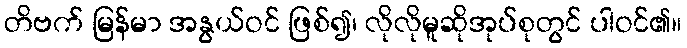
တိဗက် မြန်မာ အနွယ်ဝင် ဖြစ်၍၊ လိုလိုမူဆိုအုပ်စုတွင် ပါဝင်၏။